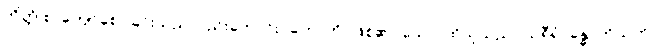
ကိတ္တိ စ၊ ကျော်စောခြင်းသည်လည်းကောင်း။ ဟောတိ၊ ဖြစ်၏။ သော၊ ထိုသူသည်။ သရီရံ၊ ခန္ဓာကိုယ်ကို။